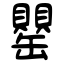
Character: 罌